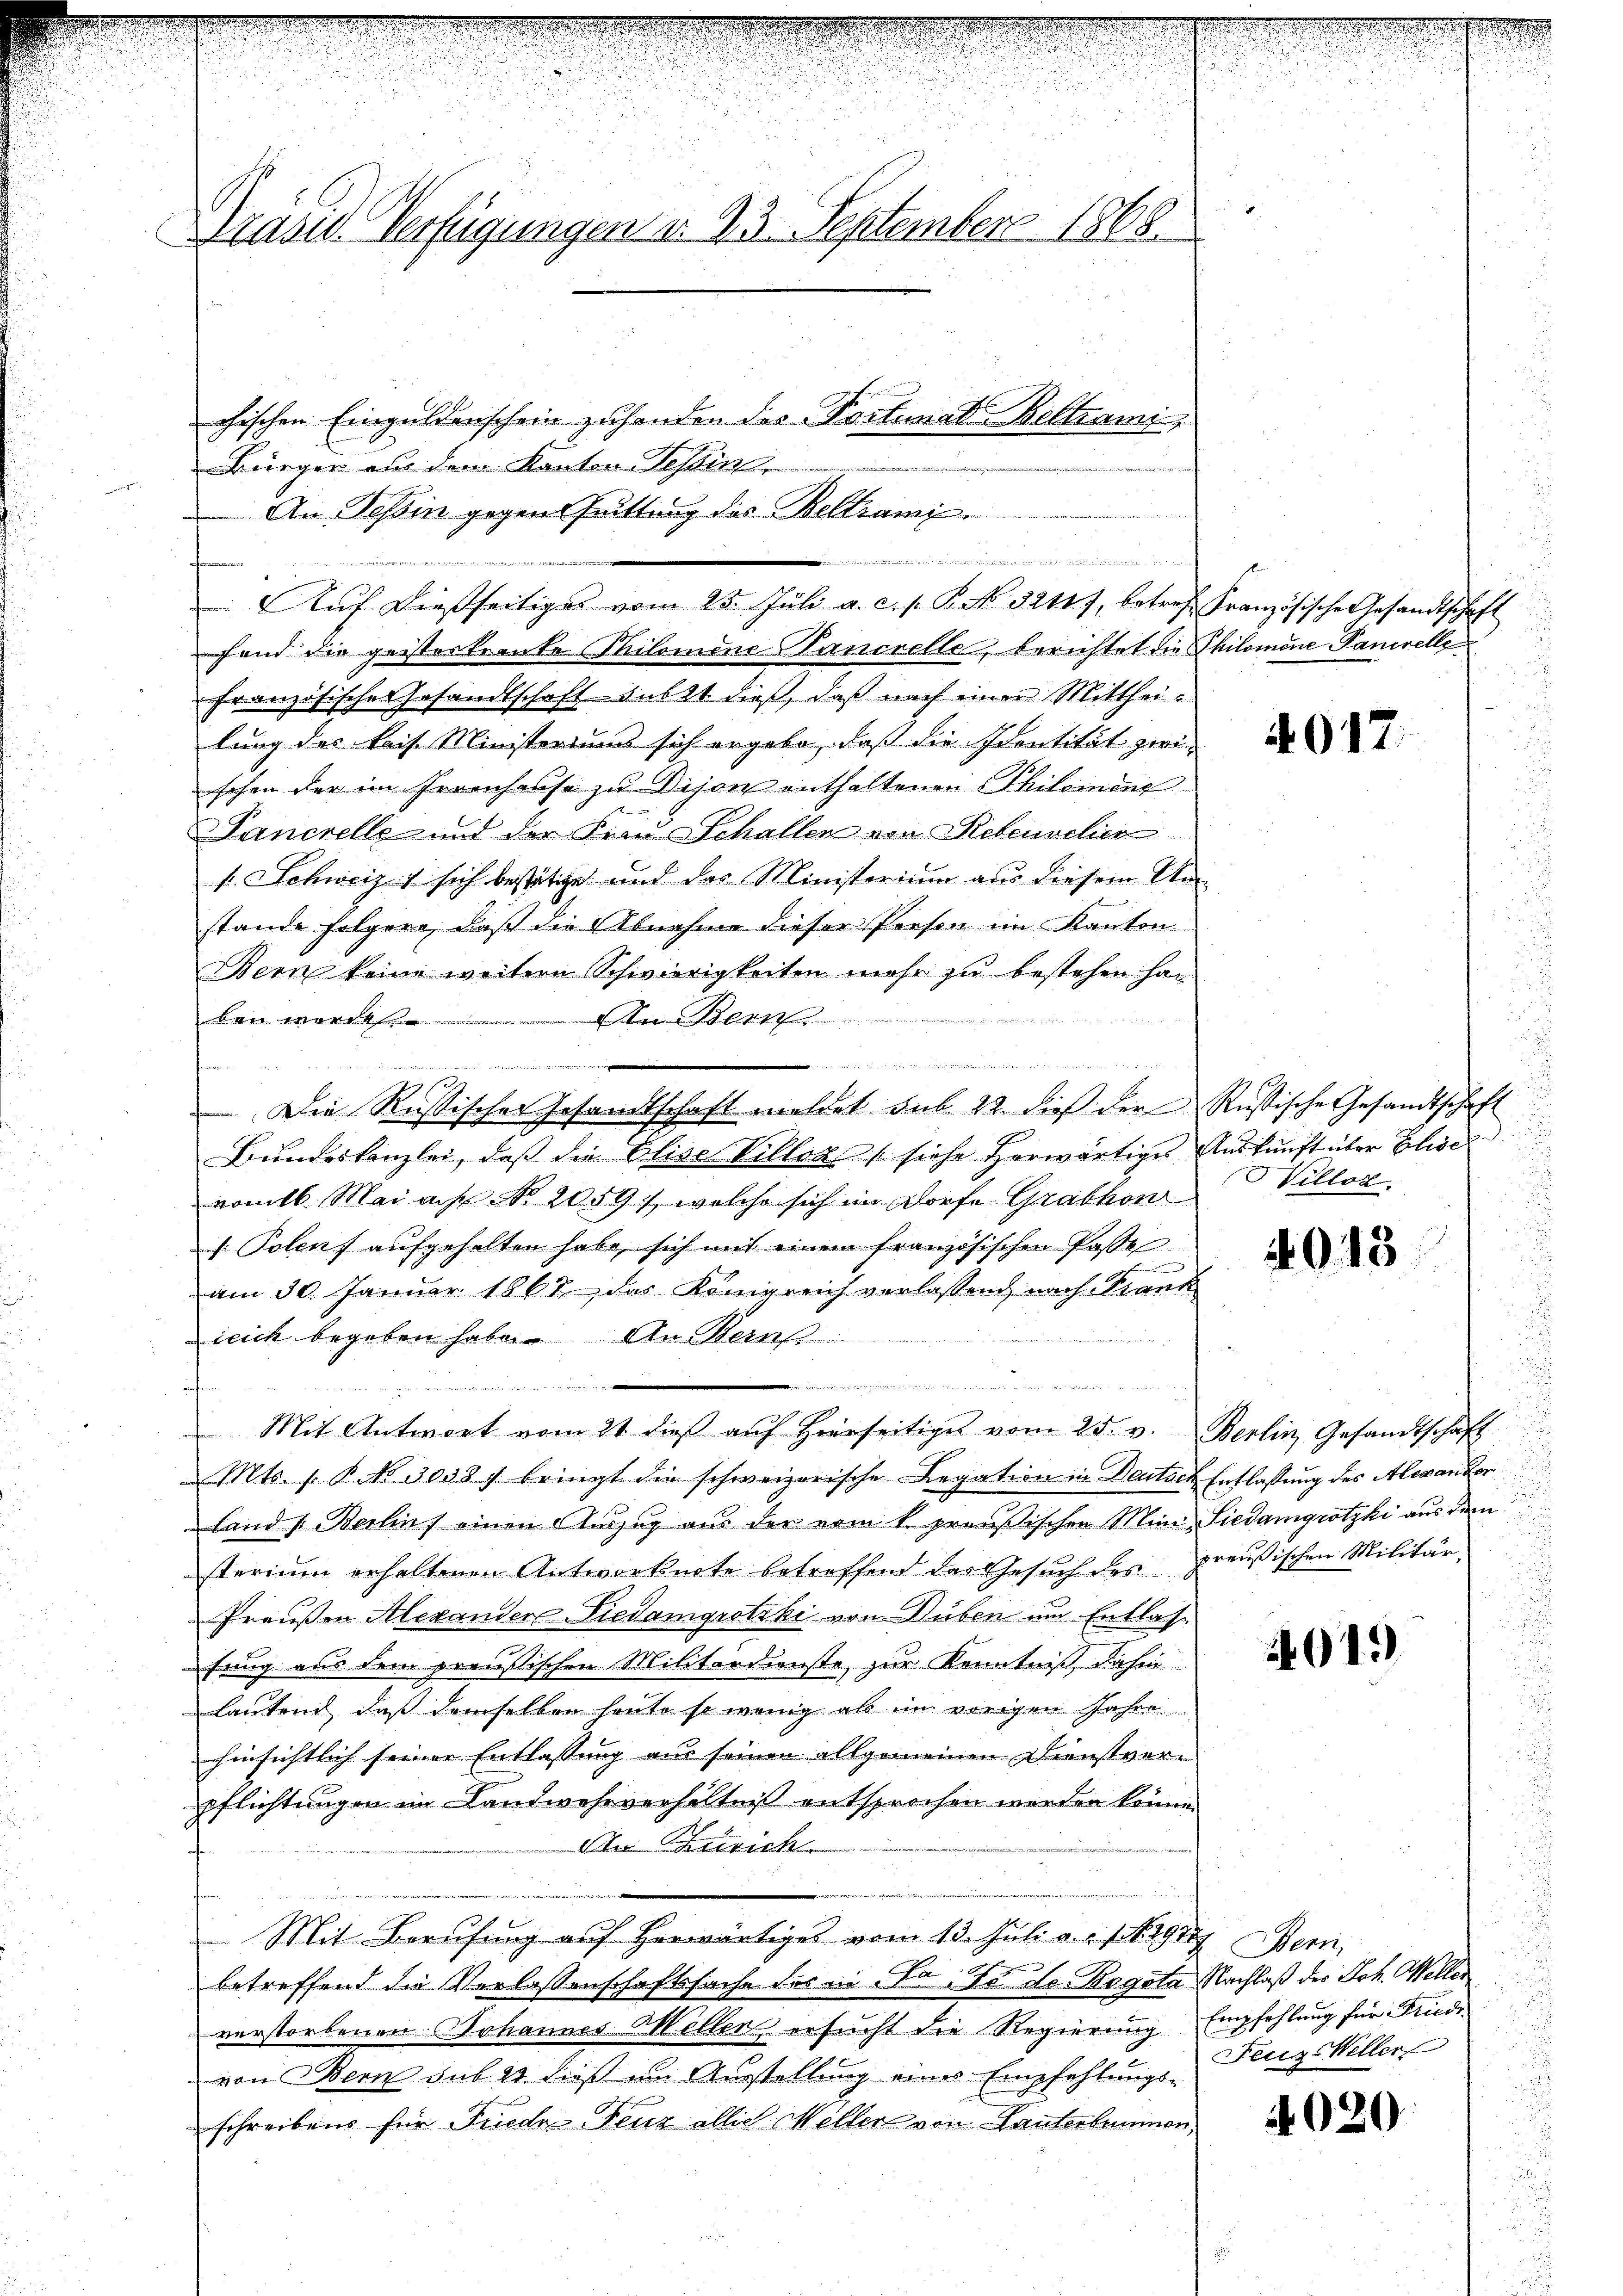
Präsid. Verfügungen d. 23. September 1868.

chischen Einguldenschein zuhanden das Portunal Beltrami
Bürger aus dem Kanton Tessin
An Tessin gegen Guittung des Beltrami
i
fand die geisterkranke Philomene Pancrelle, berichtet die Philomine Panorelle
französische Gesandtschaft subst dieß, daß nach einer Mittheilung des kais. Ministeriums sich ergebe, daß die Identität zwi
schen der im Irrenhause zŭ Vijon enthaltenen Philomens
Pancrelle und der Frau Schallen von Rebenselier
s. Schweiz sich bestätige und das Ministerium aus diesem A
stande folgere, daß die Abnahme dieser Person im Kanton
Bern keine weitere Schwierigkeiten mehr zu bestehen ha
e
ben werde

Bundeskanzlei, daß die Elise Villons (siehe herwärtiges
vom 16. Mai ach No. 2059, welche sich im Dorfe Grabkon
[Polen aufgehalten habe, sich mit einem französischen Posse
am 30. Januar 1867, das Königreich verlassend nach Kran-
icich begeben habe. An Bern

numeren wegen mein an die die ne

d

Mit Antwort vom 21. dieβ aŭf hierseitiges vom 25. v.
Mts. 1. No 30087 bringt die schweizerische Legation in Deutsc
land Berlins einen Auszug aus der vom k. pressischen Mini-
sterium erhaltenen Antworknote betreffend das Gesuch des
Praußen Alexandere Tiedamgrotzki von Düben um Entlasfung aus dem preußischen Militärdienste, zur Kenntniß dahin
lautend, daß demselben heute so wenig als im vorigen Jahre
hinsichtlich seiner Entlassung aus seinen allgemeinen Dienstver-
pflichtungen im Landwehrverhältniß entsprochen werden könn
C Zürich
Mit Berufung auf herwärtiges vom 13. Juli a. s. f. 11917 Bern,
betreffend die Verlassenschaftssache des in Fr. So der Rogota Nachlaß der Joh. Weller
verstorbenen Johannes Mellen ersucht die Regierung
von Bern sub 20. dieß an Ausstellung eines Empfehlungsschreibens für Friede Fenz allich Willer von Tanterbummer

wa datirten der mitte mit |

Die Russischer Gesandtschaft meldet sub. 22. dieß der

t
¬
deren, an der in
Aŭf dießseitiges vom 25. Jŭli a. c. s. R. N. 32117, betref Französische Gesandtschaft

4917.

.
Russische Gesandtschaft
Auskunft über Eliser
illor.

4013

Berlin Gesandtschaft
 Entlassung des Alexander
Siedamgrotzki aus dem
preußischen Militär¬

401)

Empfehlung für Friede
Feuz Willer

4020